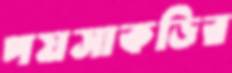
পয়সাকড়ির